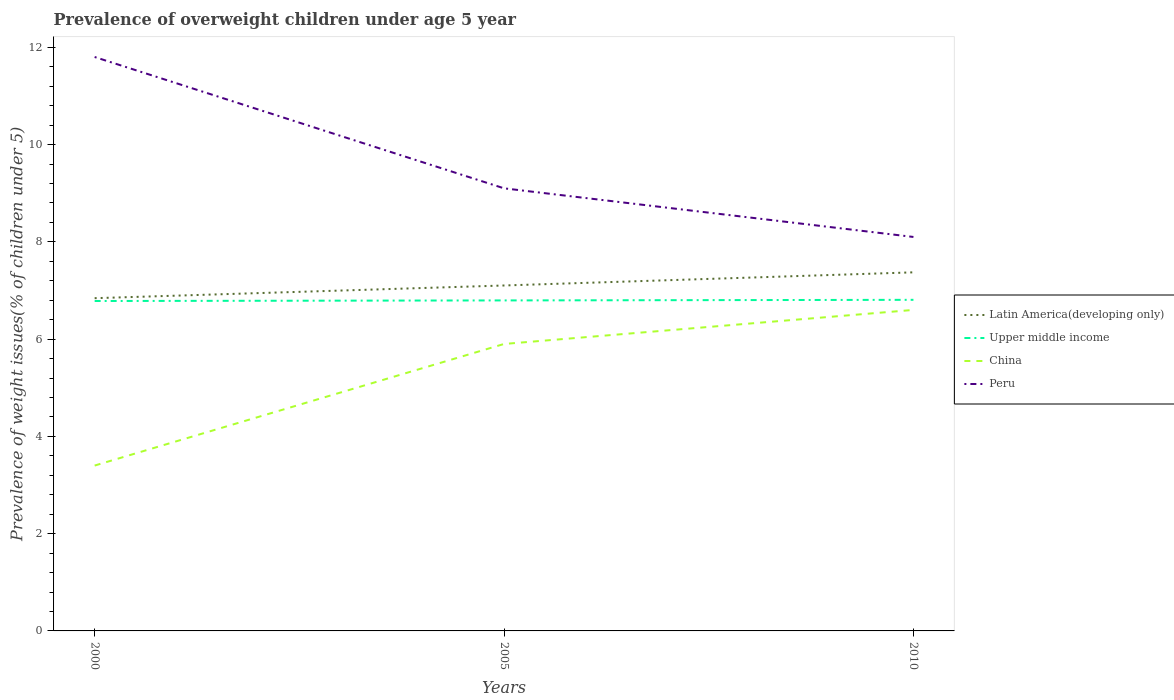
| Years | Latin America(developing only) | Upper middle income | China | Peru |
 | --- | --- | --- | --- | --- |
 | 2000 | 6.84 | 6.78 | 3.4 | 11.8 |
 | 2005 | 7.1 | 6.8 | 5.9 | 9.1 |
 | 2010 | 7.37 | 6.81 | 6.6 | 8.1 |